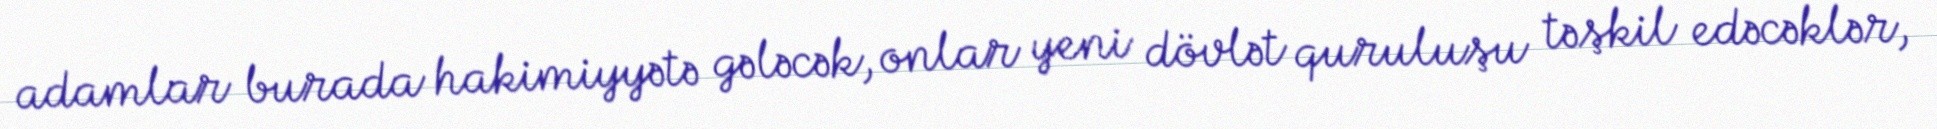
adamlar burada hakimiyyətə gələcək, onlar yeni dövlət quruluşu təşkil edəcəklər,